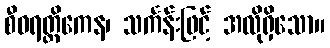
စီဝရတ္ထိကေန၊ သင်္ကန်းဖြင့် အလိုရှိသော။